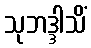
သုဘဒ္ဒါသိံ